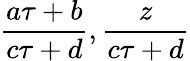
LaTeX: {\frac{a\tau+b}{c\tau+d}},{\frac{z}{c\tau+d}}